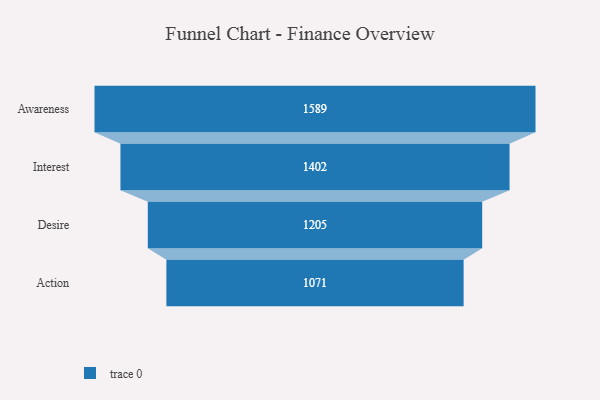
{"axis": {"x": "Stage", "y": "Value"}, "legend": [""], "data": [{"x": "Awareness", "y": 1589.0, "type": ""}, {"x": "Interest", "y": 1402.0, "type": ""}, {"x": "Desire", "y": 1205.0, "type": ""}, {"x": "Action", "y": 1071.0, "type": ""}]}